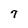
Character: 7